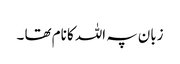
زبان پہ اللہ کا نام تھا ۔